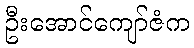
ဦးအောင်ကျော်ဇံက